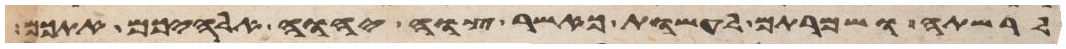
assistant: לרשתה ושמרתם לעשות כאשר צוה יהוה אלהיכם אתכם